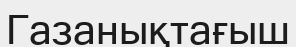
Газанықтағыш